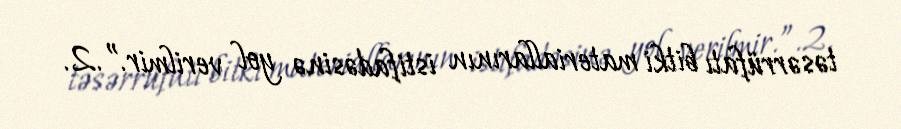
təsərrüfatı bitki materiallarının istifadəsinə yol verilmir.”.2.